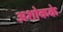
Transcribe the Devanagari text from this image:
अशोकके